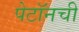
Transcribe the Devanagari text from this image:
पेटॉनची